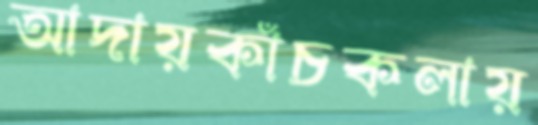
আদায়কাঁচকলায়